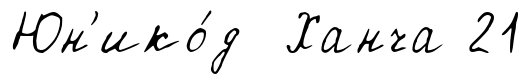
Юн'ико́д Ханча 21